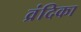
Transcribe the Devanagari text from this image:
व्रंदिका